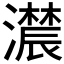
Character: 𤂑